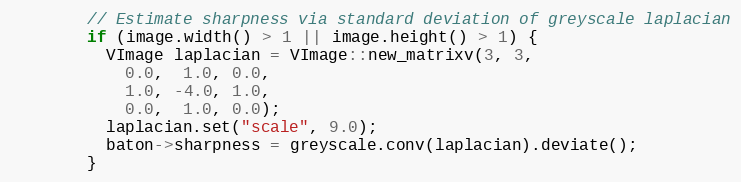
Language: C++
        // Estimate sharpness via standard deviation of greyscale laplacian
        if (image.width() > 1 || image.height() > 1) {
          VImage laplacian = VImage::new_matrixv(3, 3,
            0.0,  1.0, 0.0,
            1.0, -4.0, 1.0,
            0.0,  1.0, 0.0);
          laplacian.set("scale", 9.0);
          baton->sharpness = greyscale.conv(laplacian).deviate();
        }